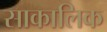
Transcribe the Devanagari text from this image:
साकालिक